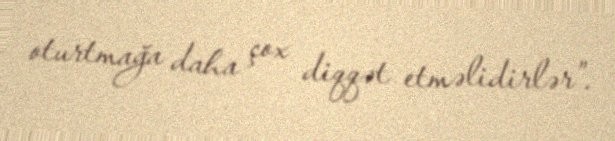
oturtmağa daha çox diqqət etməlidirlər”.